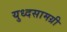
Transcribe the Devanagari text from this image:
युध्दसामग्री